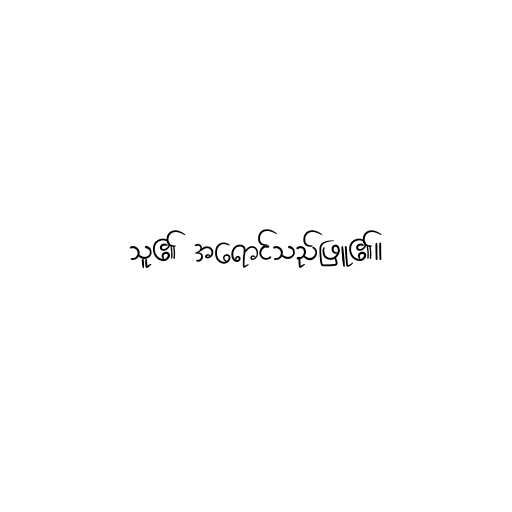
သူ၏ အရောင်သည်ဖြူ၏။